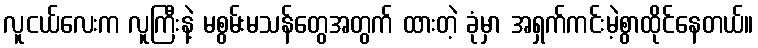
လူငယ်လေးက လူကြီးနဲ့ မစွမ်းမသန်တွေအတွက် ထားတဲ့ ခုံမှာ အရှက်ကင်းမဲ့စွာထိုင်နေတယ်။